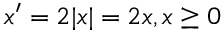
x ^ { \prime } = 2 | x | = 2 x , x \geq 0